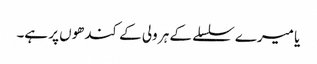
یا میرے سلسلے کے ہر ولی کے کندھوں پر ہے۔